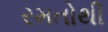
રમતોથી